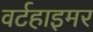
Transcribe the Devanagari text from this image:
वर्टहाइमर